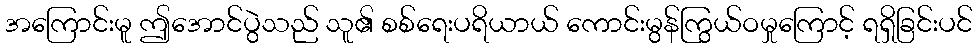
အကြောင်းမူ ဤအောင်ပွဲသည် သူ၏ စစ်ရေးပရိယာယ် ကောင်းမွန်ကြွယ်ဝမှုကြောင့် ရရှိခြင်းပင်